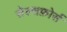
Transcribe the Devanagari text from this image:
सेल्सफ़ोर्स